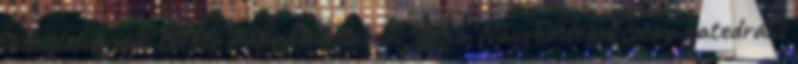
2 foglalás volt Térkép Paprika Múzeum 500 m Nagyboldogasszony-katedrális